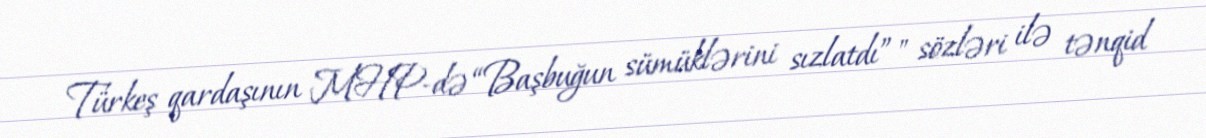
Türkeş qardaşının MHP-də “Başbuğun sümüklərini sızlatdı”" sözləri ilə tənqid